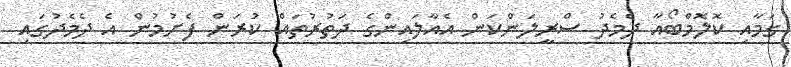
ގަމާއި ކޮލޮމްބޯއާ ދެމެދު ސްރީލަންކަން އެއާލައިންގެ ދަތުރުތައް ކުރަން ފެށުމުން އެ ދެމެދުގައި